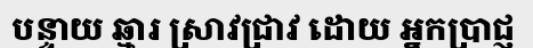
បន្ទាយ ឆ្មារ ស្រាវជ្រាវ ដោយ អ្នកប្រាជ្ញ